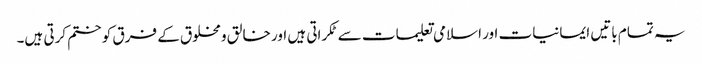
یہ تمام باتیں ایمانیات اور اسلامی تعلیمات سے ٹکراتی ہیں اور خالق ومخلوق کے فرق کو ختم کرتی ہیں۔